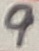
Text: 9